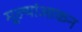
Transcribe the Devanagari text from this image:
मूल्यांआकन